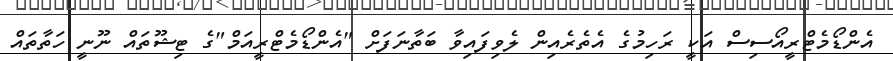
އެންޑޯމެޓްރީއޯސިސް އަކީ ރަހިމުގެ އެތެރެއިން ލެވިފައިވާ ބަތާނަފަށް "އެންޑޯމެޓްރީއަމް"ގެ ޓިޝޫތައް ނޫނީ ހަތާތައް